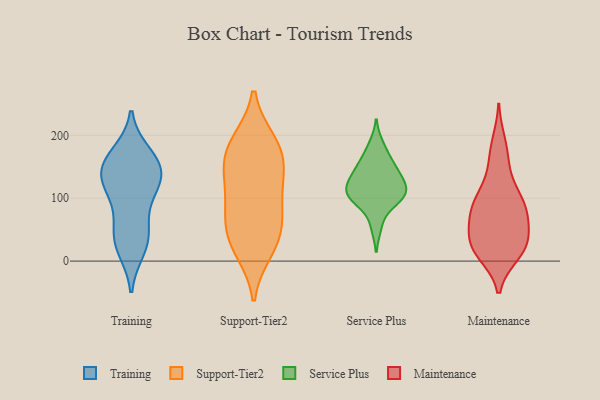
{"axis": {"x": "Backlog", "y": "Value"}, "legend": ["Maintenance", "Service Plus", "Support-Tier2", "Training"], "data": [{"x": "", "y": 149, "type": "Training"}, {"x": "", "y": 35, "type": "Training"}, {"x": "", "y": 112, "type": "Training"}, {"x": "", "y": 35, "type": "Training"}, {"x": "", "y": 113, "type": "Training"}, {"x": "", "y": 20, "type": "Training"}, {"x": "", "y": 121, "type": "Training"}, {"x": "", "y": 169, "type": "Training"}, {"x": "", "y": 157, "type": "Training"}, {"x": "", "y": 59, "type": "Training"}, {"x": "", "y": 146, "type": "Training"}, {"x": "", "y": 148, "type": "Training"}, {"x": "", "y": 134, "type": "Support-Tier2"}, {"x": "", "y": 129, "type": "Support-Tier2"}, {"x": "", "y": 93, "type": "Support-Tier2"}, {"x": "", "y": 67, "type": "Support-Tier2"}, {"x": "", "y": 189, "type": "Support-Tier2"}, {"x": "", "y": 163, "type": "Support-Tier2"}, {"x": "", "y": 76, "type": "Support-Tier2"}, {"x": "", "y": 18, "type": "Support-Tier2"}, {"x": "", "y": 32, "type": "Support-Tier2"}, {"x": "", "y": 34, "type": "Support-Tier2"}, {"x": "", "y": 166, "type": "Support-Tier2"}, {"x": "", "y": 189, "type": "Support-Tier2"}, {"x": "", "y": 105, "type": "Service Plus"}, {"x": "", "y": 135, "type": "Service Plus"}, {"x": "", "y": 113, "type": "Service Plus"}, {"x": "", "y": 153, "type": "Service Plus"}, {"x": "", "y": 94, "type": "Service Plus"}, {"x": "", "y": 100, "type": "Service Plus"}, {"x": "", "y": 117, "type": "Service Plus"}, {"x": "", "y": 140, "type": "Service Plus"}, {"x": "", "y": 55, "type": "Service Plus"}, {"x": "", "y": 126, "type": "Service Plus"}, {"x": "", "y": 101, "type": "Service Plus"}, {"x": "", "y": 163, "type": "Service Plus"}, {"x": "", "y": 185, "type": "Service Plus"}, {"x": "", "y": 12, "type": "Maintenance"}, {"x": "", "y": 102, "type": "Maintenance"}, {"x": "", "y": 74, "type": "Maintenance"}, {"x": "", "y": 147, "type": "Maintenance"}, {"x": "", "y": 95, "type": "Maintenance"}, {"x": "", "y": 188, "type": "Maintenance"}, {"x": "", "y": 21, "type": "Maintenance"}, {"x": "", "y": 170, "type": "Maintenance"}, {"x": "", "y": 84, "type": "Maintenance"}, {"x": "", "y": 15, "type": "Maintenance"}, {"x": "", "y": 50, "type": "Maintenance"}, {"x": "", "y": 24, "type": "Maintenance"}, {"x": "", "y": 70, "type": "Maintenance"}, {"x": "", "y": 30, "type": "Maintenance"}, {"x": "", "y": 111, "type": "Maintenance"}, {"x": "", "y": 87, "type": "Maintenance"}, {"x": "", "y": 68, "type": "Maintenance"}, {"x": "", "y": 23, "type": "Maintenance"}, {"x": "", "y": 28, "type": "Maintenance"}]}